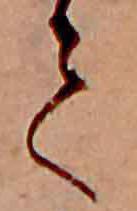
て